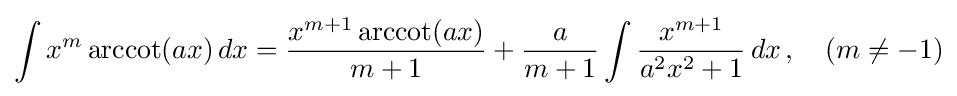
\int x^{m}\operatorname {arccot}(ax)\,dx={\frac {x^{m+1}\operatorname {arccot}(ax)}{m+1}}+{\frac {a}{m+1}}\int {\frac {x^{m+1}}{a^{2}x^{2}+1}}\,dx\,,\quad (m\neq -1)